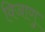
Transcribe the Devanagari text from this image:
विजाणु